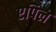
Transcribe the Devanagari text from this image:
एपिल